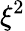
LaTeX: \xi^{2}